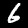
Label: 6